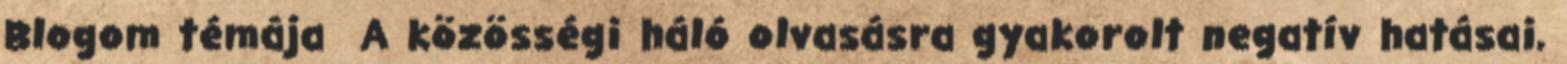
Blogom témája A közösségi háló olvasásra gyakorolt negatív hatásai,